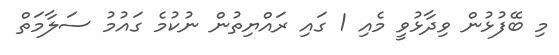
މި ބޭފުޅުން ވިދާޅުވީ މެއި 1 ގައި ރައްޔިތުން ނުކުމެ ގައުމު ސަލާމަތް